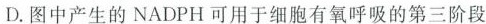
D.图中产生的NADPH可用于细胞有氧呼吸的第三阶段